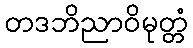
တဒဘိညာဝိမုတ္တံ